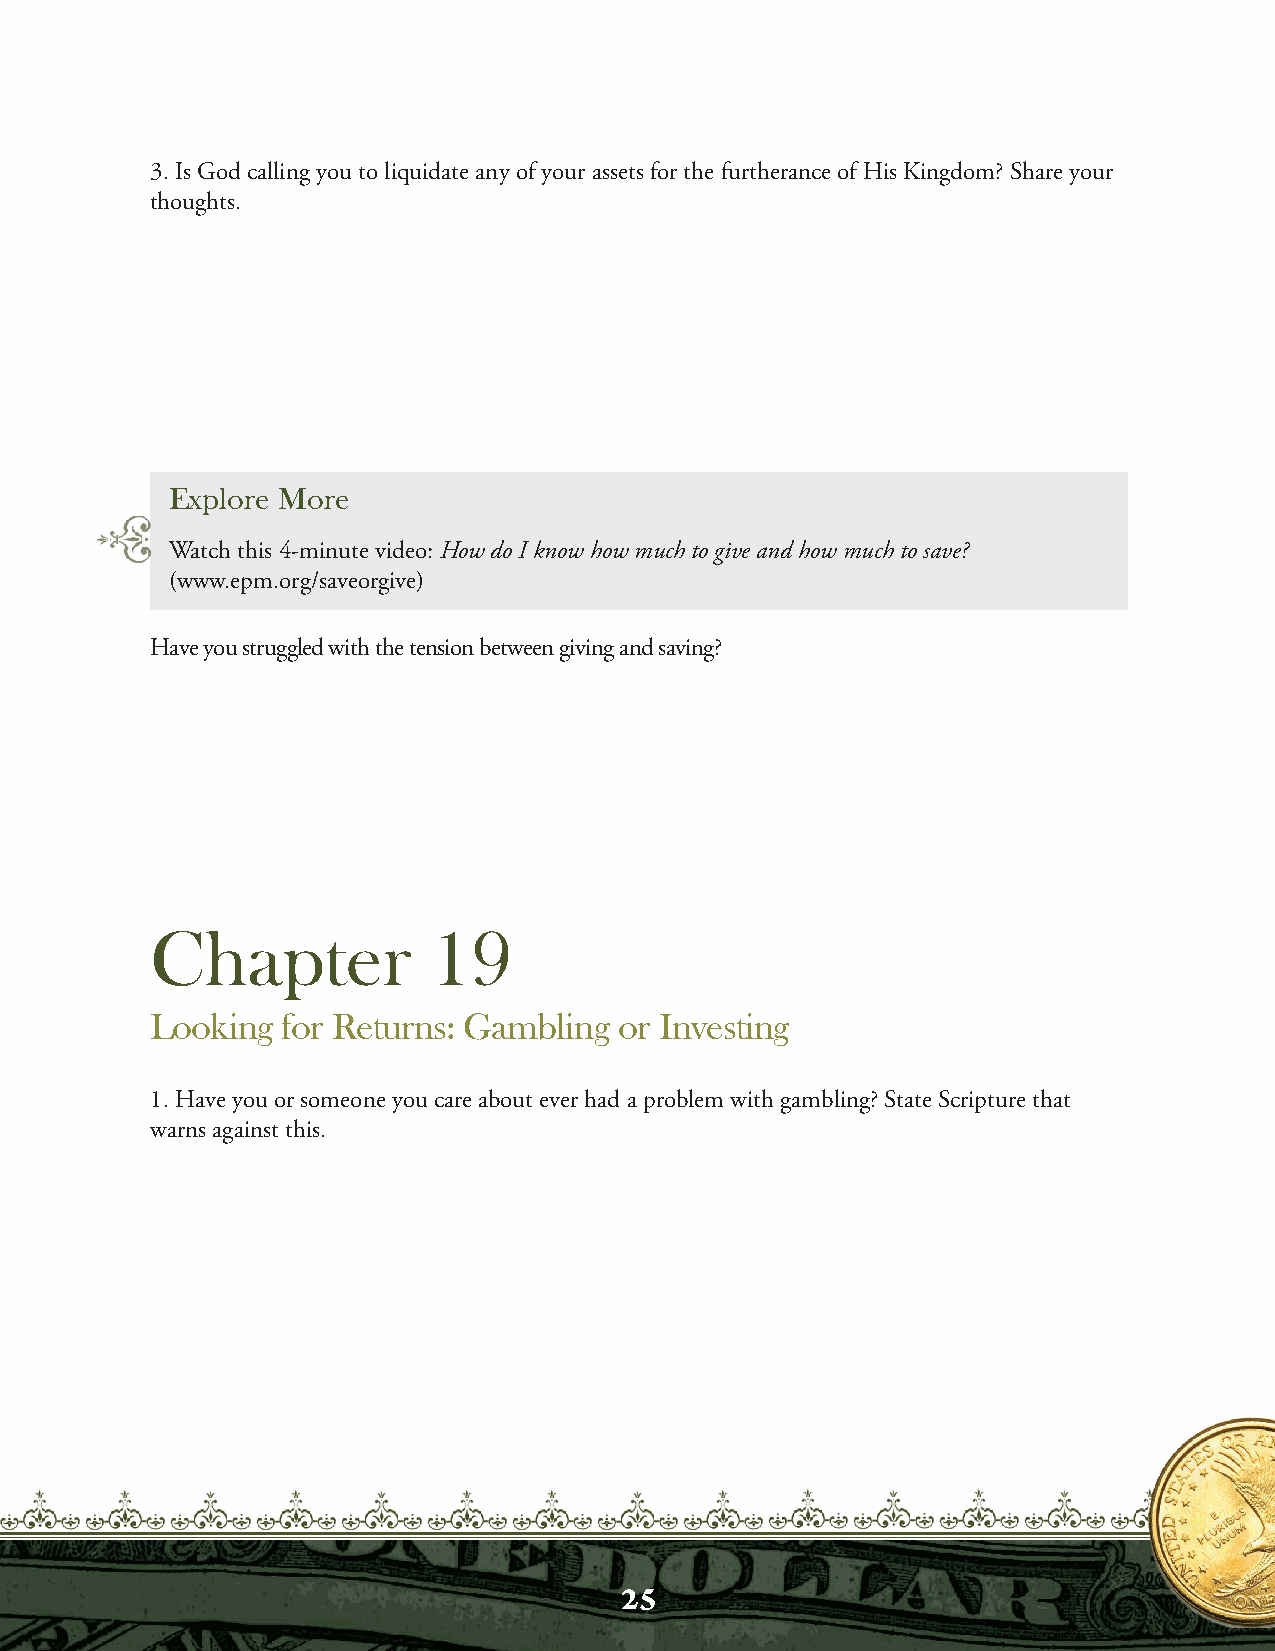
3. Is God calling you to liquidate any of your assets for the furtherance of His Kingdom? Share your
 thoughts.
 Explore More
 Watch this 4-minute video: How do I know how much to give and how much to save?
 (www.epm.org/saveorgive)
 Have you struggled with the tension between giving and saving?
 Chapter            19
 Looking  for Returns: Gambling or Investing
 1. Have you or someone you care about ever had a problem with gambling? State Scripture that
 warns against this.
 25